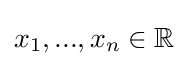
x_{1},...,x_{n}\in \mathbb {R}